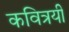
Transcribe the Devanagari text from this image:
कवित्रयी